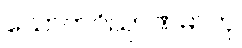
သောတဝိညာဏဓာတု